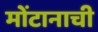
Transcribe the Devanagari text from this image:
मोंटानाची